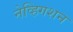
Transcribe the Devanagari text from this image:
नेव्हिगशन